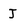
Character: J